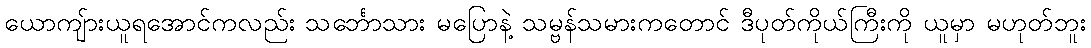
ယောကျ်ားယူရအောင်ကလည်း သင်္ဘောသား မပြောနဲ့ သမ္ဗန်သမားကတောင် ဒီပုတ်ကိုယ်ကြီးကို ယူမှာ မဟုတ်ဘူး